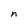
Character: n